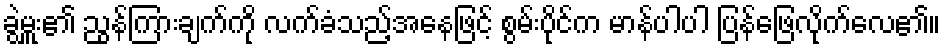
ခွဲမှူး၏ ညွန်ကြားချက်ကို လက်ခံသည့်အနေဖြင့် စွမ်းပိုင်က မာန်ပါပါ ပြန်ဖြေလိုက်လေ၏။